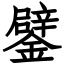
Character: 鐾